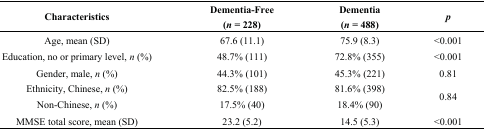
<table><thead><tr><td><b>Characteristics</b></td><td><b>Dementia-Free (<i>n</i> = 228)</b></td><td><b>Dementia (<i>n</i> = 488)</b></td><td><b><i>p</i></b></td></tr></thead><tbody><tr><td>Age, mean (SD)</td><td>67.6 (11.1)</td><td>75.9 (8.3)</td><td>&lt;0.001</td></tr><tr><td>Education, no or primary level, <i>n</i> (%)</td><td>48.7% (111)</td><td>72.8% (355)</td><td>&lt;0.001</td></tr><tr><td>Gender, male, <i>n</i> (%)</td><td>44.3% (101)</td><td>45.3% (221)</td><td>0.81</td></tr><tr><td>Ethnicity, Chinese, <i>n</i> (%)</td><td>82.5% (188)</td><td>81.6% (398)</td><td rowspan="2">0.84</td></tr><tr><td>Non-Chinese, <i>n</i> (%)</td><td>17.5% (40)</td><td>18.4% (90)</td></tr><tr><td>MMSE total score, mean (SD)</td><td>23.2 (5.2)</td><td>14.5 (5.3)</td><td>&lt;0.001</td></tr></tbody></table>